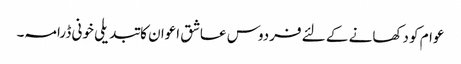
عوام کو دکھانے کے لئے فردوس عاشق اعوان کا تبدیلی خونی ڈرامہ۔